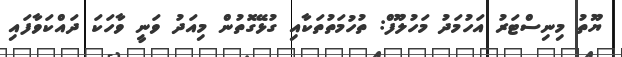
ޔޫތު މިނިސްޓަރު އަހުމަދު މަހުލޫފް: ތުހުމަތުތަކާއި ގުޅޭގޮތުން މިއަދު ވަނީ ވާހަކަ ދައްކަވާފައި